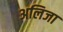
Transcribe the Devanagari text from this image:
अलिजा